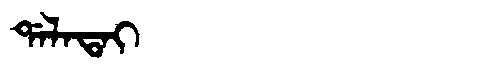
Manchu: ᡩᠠᠯᠠᡨᠠᡳ
Romanization: DALATAI